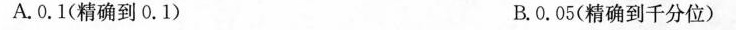
A.0.1(精确到0.1) B.0.05(精确到千分位)